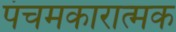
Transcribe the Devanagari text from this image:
पंचमकारात्मक